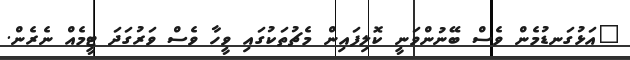
"އަޅުގަނޑުމެން ވެސް ބޭނުންވަނީ ކޮލިފައިން މެޗުތަކުގައި ވީހާ ވެސް ވަރުގަދަ ޓީމެއް ނެރެން.